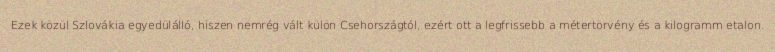
Ezek közül Szlovákia egyedülálló, hiszen nemrég vált külön Csehországtól, ezért ott a legfrissebb a métertörvény és a kilogramm etalon.